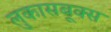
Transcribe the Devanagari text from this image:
लुकासबूक्स